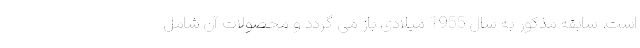
است. سابقه مذکور به سال 1955 میلادی باز می گردد و محصولات آن شامل